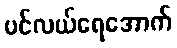
ပင်လယ်ရေအောက်